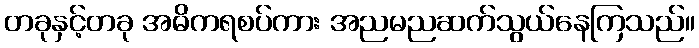
တခုနှင့်တခု အဓိကရစပ်ကား အညမညဆက်သွယ်နေကြသည်။